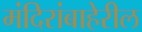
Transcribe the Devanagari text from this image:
मंदिरांबाहेरील